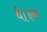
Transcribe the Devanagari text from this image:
थे।इब्न